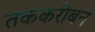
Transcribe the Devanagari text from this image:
तककरीबन